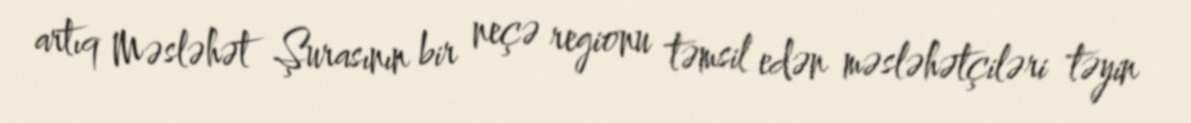
artıq Məsləhət Şurasının bir neçə regionu təmsil edən məsləhətçiləri təyin